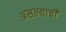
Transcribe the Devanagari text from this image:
असल्‍याची